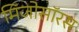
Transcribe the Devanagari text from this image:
मिजोसॉरस